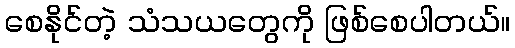
စေနိုင်တဲ့ သံသယတွေကို ဖြစ်စေပါတယ်။